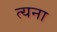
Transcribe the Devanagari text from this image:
त्यना